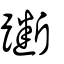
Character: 𨇰